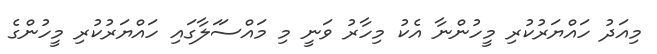
މިއަދު ހައްޔަރުކުރި މީހުންނާ އެކު މިހާރު ވަނީ މި މައްސަަލާގައި ހައްޔަރުކުރި މީހުންގެ